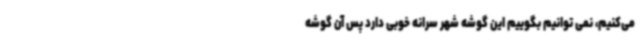
می‌کنیم، نمی توانیم بگوییم این گوشه شهر سرانه خوبی دارد پس آن گوشه